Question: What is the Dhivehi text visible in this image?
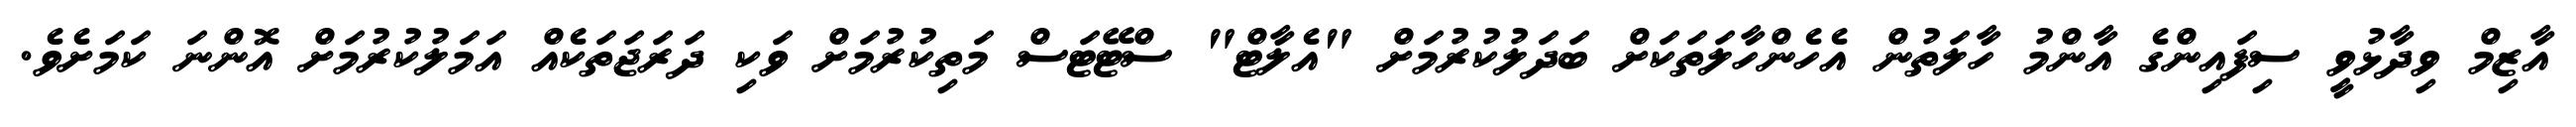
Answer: އާޒިމް ވިދާޅުވީ ސިފައިންގެ އާންމު ހާލަތުން އެހެންހާލަތަކަށް ބަދަލުކުރުމަށް "އެލާޓް" ސްޓޭޓަސް މަތިކުރުމަށް ވަކި ދަރަޖަތަކެއް އަމަލުކުރުމަށް އޮންނަ ކަމަށެވެ.